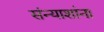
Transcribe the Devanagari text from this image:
संन्याशांना